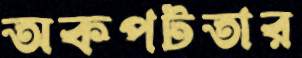
অকপটতার